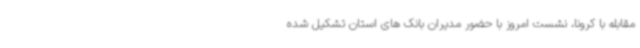
مقابله با کرونا، نشست امروز با حضور مدیران بانک های استان تشکیل شده